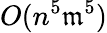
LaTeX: O(n^{5}\mathfrak{m}^{5})